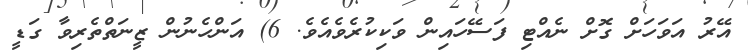
އޭރު އަވަހަށް ގޮށް ނެއްޓި ފަސޭހައިން ވަކިކުރެވެއެވެ. 6) އަންހެނުން ޒީނަތްތެރިވާ ގަޑީ